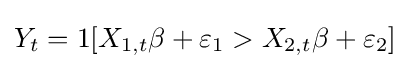
Y_{t}=1[X_{1,t}\beta +\varepsilon _{1}>X_{2,t}\beta +\varepsilon _{2}]